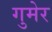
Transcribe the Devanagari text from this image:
गुमेर